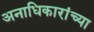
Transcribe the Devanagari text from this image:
अनाधिकारांच्या